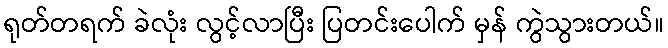
ရုတ်တရက် ခဲလုံး လွင့်လာပြီး ပြတင်းပေါက် မှန် ကွဲသွားတယ်။